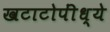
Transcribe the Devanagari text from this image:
खटाटोपींध्ये